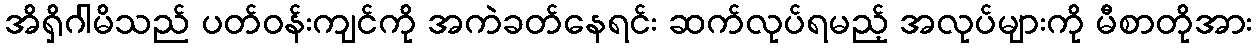
အိရှိဂါမိသည် ပတ်ဝန်းကျင်ကို အကဲခတ်နေရင်း ဆက်လုပ်ရမည့် အလုပ်များကို မီစာတိုအား